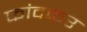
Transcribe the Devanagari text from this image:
फांदकर